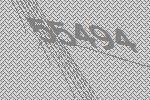
55494